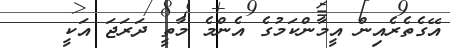
އޭގެތެރެއިން އީމާންކަމުގެ އެންމެ މާތީ ދަރަޖަ އަކީ